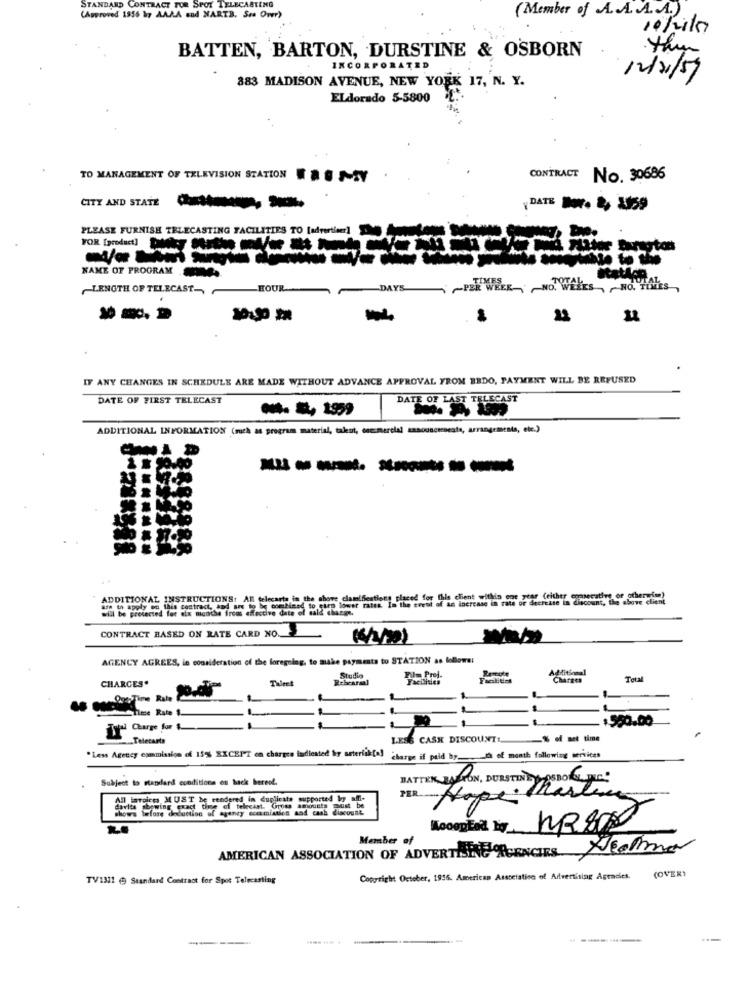
STANDARD CONTRACT FOR SPOT TE
CASTING
( Member of A.A.A.A.)
(Approved 1956 by AAAA and MARTS. See Over)
10/11/17
BATTEN, BARTON, DURSTINE & OSBORN
thym
INCORPORATED
883 MADISON AVENUE, NEW YORK 17, N. Y.
12/21/59
ELdorado 5-5800
TO MANAGEMENT OF TELEVISION STATION 201Y
CONTRACT
No. 30686
CITY AND STATE
--
PLEASE FURNISH TELECASTING FACILITIES TO [advertiser]
NAME OF PROGRAM
~LENGTH OF TELECAST-
HOUR
-DAYS ~PER WEEK- ~ NO. WAKES, NO HAES,
-
IF ANY CHANGES IN SCHEDULE ARE MADE WITHOUT ADVANCE APPROVAL FROM BBDO, PAYMENT WILL BE REFUSED
DATE OF FIRST TELECAST
DATE OF LAST TELECAST
ADDITIONAL INFORMATION (such as program material, talent, commercial sanouncerseats, arrangements, etc.)
------
ADDITIONAL INSTRUCTIONS: All telecarta in the shove clamifications placed for this client within one year (either eoperative or otherwise)
are th apply on this contract, and are to be combined to euro lower rates. In the event of an increase in tate or decrease in discount, the above client
this client within one year (either comsecative of other ia)
will be protected for six months froms effective date of salt charge,
CONTRACT BASED ON RATE CARD NO.
AGENCY AGREES, in consideration of the foregoing, to make payments to STATION as follows:
CHARGES.
Studio
Facilities
Total
Ogs Time Rate
$550.00
Telecarta
ESS CASK DISCOUNTS
-$ of set time
"Less Agency esmmission of 15% EXCEPT on charges indicated by seterfik[a]
charge if paid by.
th of month following services
Subject to standard conditions on hack bereof.
BATTER BALCON, BURSTING LOSBOTELINES
PER
All lavoices MUST be rendered in duplicate supported by affi-
Hope
Marte
shows telare deduction of games
KooopEad Ly
KR 8000
Member of
AMERICAN ASSOCIATION OF ADVERTISING RGENCIES NEalma
(OVER1
TV1311 @ Standard Contract for Spot Telecasting
Coporright October, 1956. American Association of Advertising Agencies.
-----
------